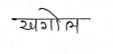
मजकूर: खगोल